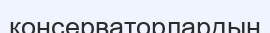
консерваторлардың